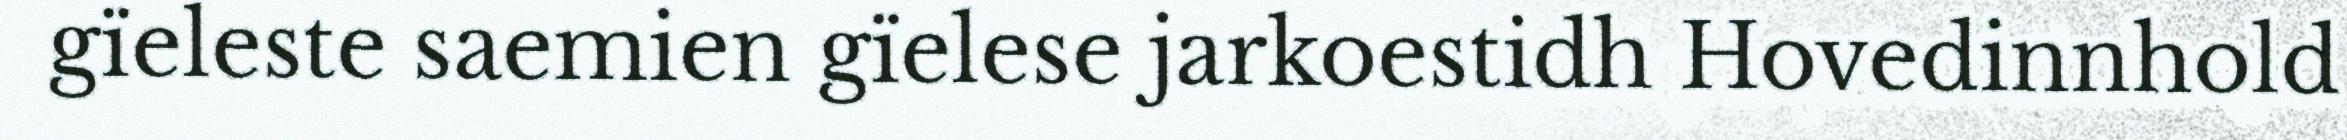
gïeleste saemien gïelese jarkoestidh Hovedinnhold